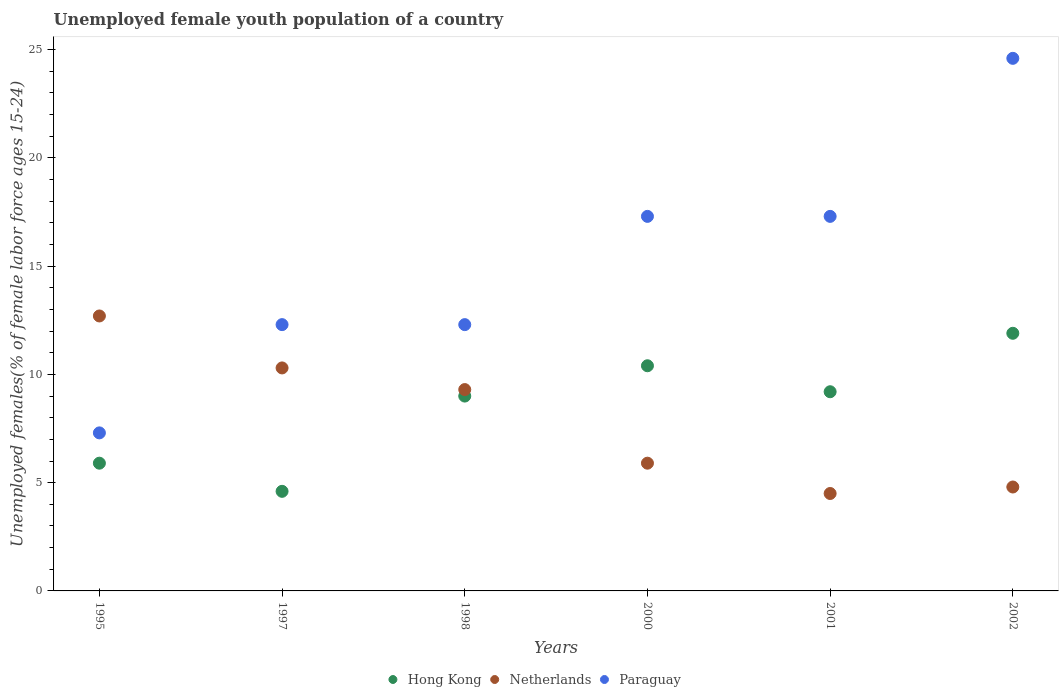
| Years | Hong Kong | Netherlands | Paraguay |
 | --- | --- | --- | --- |
 | 1995 | 5.9 | 12.7 | 7.3 |
 | 1997 | 4.6 | 10.3 | 12.3 |
 | 1998 | 9 | 9.3 | 12.3 |
 | 2000 | 10.4 | 5.9 | 17.3 |
 | 2001 | 9.2 | 4.5 | 17.3 |
 | 2002 | 11.9 | 4.8 | 24.6 |